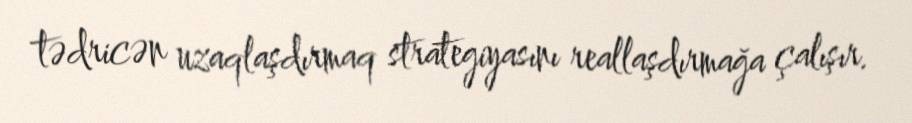
tədricən uzaqlaşdırmaq strategiyasını reallaşdırmağa çalışır.